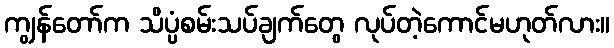
ကျွန်တော်က သိပ္ပံစမ်းသပ်ချက်တွေ လုပ်တဲ့ကောင်မဟုတ်လား။